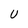
Character: U